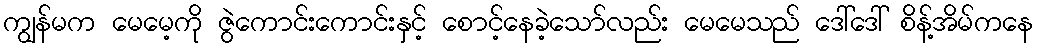
ကျွန်မက မေမေ့ကို ဇွဲကောင်းကောင်းနှင့် စောင့်နေခဲ့သော်လည်း မေမေသည် ဒေါ်ဒေါ် စိန့်အိမ်ကနေ